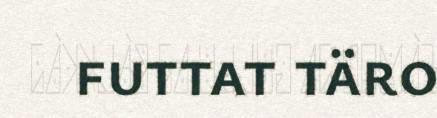
futtat täro